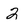
Character: 2